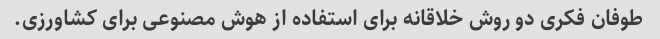
طوفان فکری دو روش خلاقانه برای استفاده از هوش مصنوعی برای کشاورزی.